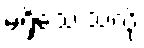
မရှိသေးသလို